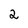
Character: 2